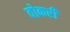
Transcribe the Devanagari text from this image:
वोकरी